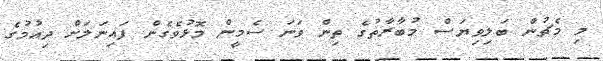
މި މެޗުން ބަލިވިޔަސް މުބާރާތުގެ ތިން ވަނަ ސެމީން މޮޅުވެގެން ފައިނަލަށް ދިއުމުގެ